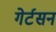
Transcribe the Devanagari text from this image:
गेर्टसन